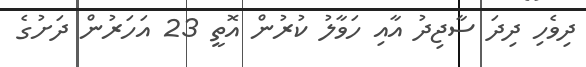
ދިވެހި ދިދަ ސާޖިދު އާއި ހަވާލު ކުރުން އޮތީ 23 އަހަރުން ދަށުގެ